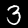
Label: 3